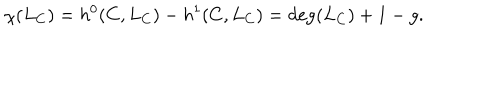
\chi ( L _ { C } ) = h ^ { 0 } ( C , L _ { C } ) - h ^ { 1 } ( C , L _ { C } ) = \deg ( L _ { C } ) + 1 - g .